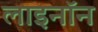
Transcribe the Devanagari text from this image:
लाइनॉन